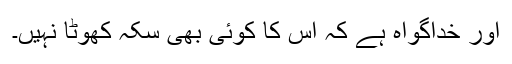
اور خداگواہ ہے کہ اس کا کوئی بھی سکہ کھوٹا نہیں۔